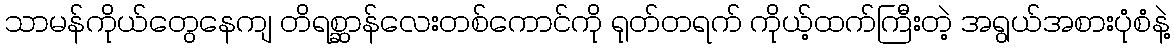
သာမန်ကိုယ်တွေနေကျ တိရစ္ဆာန်လေးတစ်ကောင်ကို ရုတ်တရက် ကိုယ့်ထက်ကြီးတဲ့ အရွယ်အစားပုံစံနဲ့